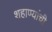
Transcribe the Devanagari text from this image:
शहाण्यांची